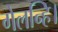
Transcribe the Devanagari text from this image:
गेलन्हि।